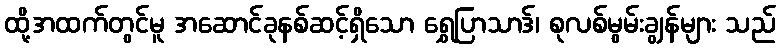
ထို့အထက်တွင်မူ အဆောင်ခုနစ်ဆင့်ရှိသော ရွှေပြာသာဒ်၊ စုလစ်မွမ်းချွန်များ သည်